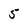
Character: 5